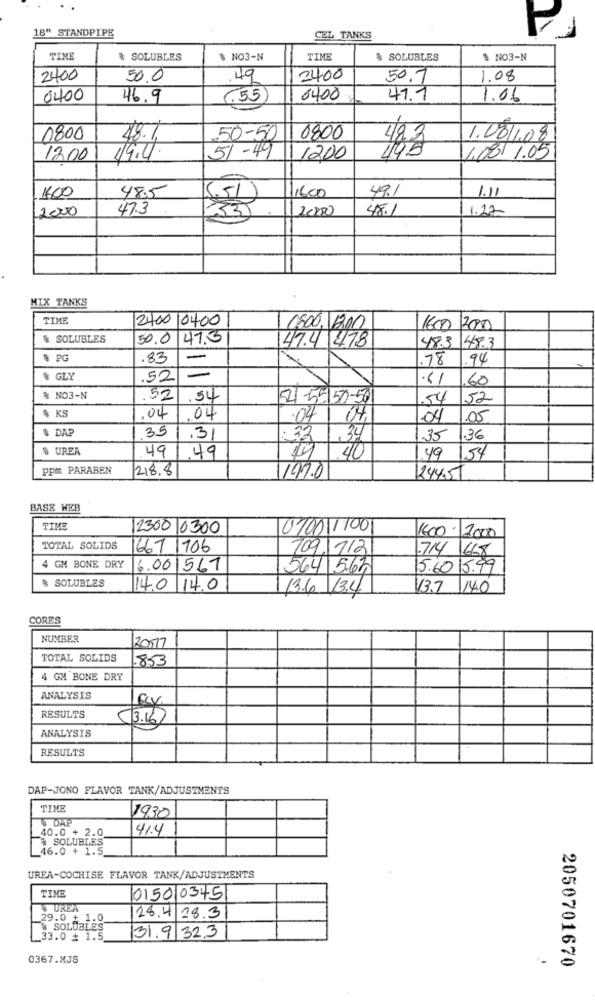
A
18" STANDPIPE
CEL TANKS
TIME
% SOLUBLES
$ NO3-N
TIME
% SOLUBLES
$ NO3-N
2400
50.0
.49
2400
50.7
1.08
0400
46.9
(.55)
8400
41.1
1.06
0800
48.1
50-50
0800
42.3
1.08|1.08
1200
19.4.
51-49
1200
495
1.08/ 1.05
1400
48.5
49.1
1.11
551
11600
2000
47.3
20200
48.1
1.22
33
MIX TANKS
TIME
2400 10400
0800,200
1600 200
& SOLUBLES
50.0 47.3
47.4 478
483
48.3
$ PG
.83
-
.78
.94
$ GLY
.52
=
.61
60
% NO3-N
.521.54
52 -55/50-501
54
52
% KS
.04
.04
.04
04
1.05
& DAP
35
.31
34
-35
136
% UREA
49
1.49
49 154
ppm PARABEN
218.8
11970
1244.51
BASE WEB
TIME
2300 0300
0100 1100
1600 - 2000
TOTAL SOLIDS
667 1106
709/112
.714 668
4 GM BONE DRY
16.001561
564 5.63
5.60 15.99
% SOLUBLES
14.0 14.0
13.6 13.4
V3.7 14.0
CORES
NUMBER
20017
TOTAL SOLIDS
.853
4 GM BONE DRY
ANALYSIS
Lex
RESULTS
53.16
ANALYSIS
RESULTS
DAP-JONO FLAVOR TANK/ADJUSTMENTS
TIME
1930
DAP
40.0 + 2.0
41.4
$ SOLUBLES
_46.0 + 1.5
UREA-COCHISE FLAVOR TANK/ADJUSTMENTS
TIME
015010345
UREA
29.0 + 1.0
28.4 18.3
&SOLUBLES
_33.0 + 1.5
31.9 32.3
0367.MJ8
2050701670